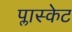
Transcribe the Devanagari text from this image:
प्लास्केट